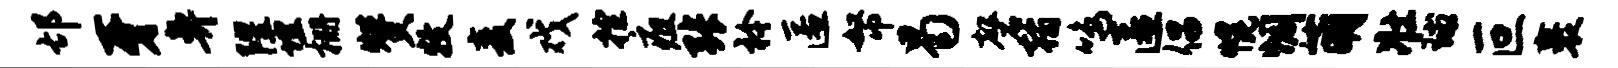
邙牙鼻隍埋栅赞牧麦戏控疽张衿匿帑曷磬翰鸣匿倡幌惆萌壮球叵裹